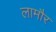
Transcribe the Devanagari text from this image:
लामौर